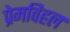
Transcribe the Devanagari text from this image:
प्रेमविहल